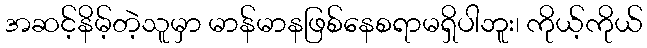
အဆင့်နိမ့်တဲ့သူမှာ မာန်မာနဖြစ်နေစရာမရှိပါဘူး၊ ကိုယ့်ကိုယ်